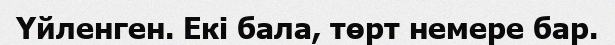
Үйленген. Екі бала, төрт немере бар.